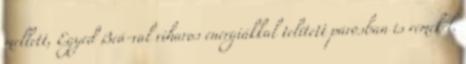
mellett, Egyed Beá-val viharos energiákkal telített párosban is remekel.